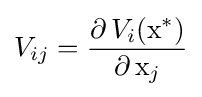
V_{ij}={\partial \!\ V_{i}(\mathrm {x} ^{*}) \over \partial \!\ \mathrm {x} _{j}}